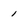
Character: 1